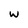
Character: w